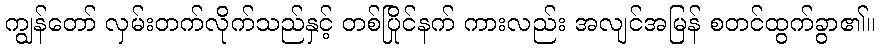
ကျွန်တော် လှမ်းတက်လိုက်သည်နှင့် တစ်ပြိုင်နက် ကားလည်း အလျင်အမြန် စတင်ထွက်ခွာ၏။